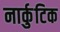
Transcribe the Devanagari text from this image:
नार्कुटिक